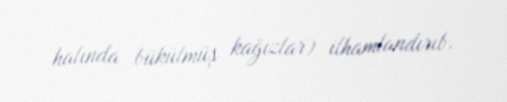
halında bükülmüş kağızlar) ilhamlandırıb.